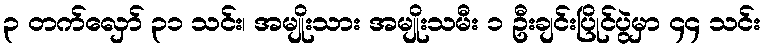
၃ တက်လှော် ၃၁ သင်း၊ အမျိုးသား အမျိုးသမီး ၁ ဦးချင်းပြိုင်ပွဲမှာ ၄၄ သင်း